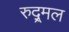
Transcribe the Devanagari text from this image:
रुद्र्मल